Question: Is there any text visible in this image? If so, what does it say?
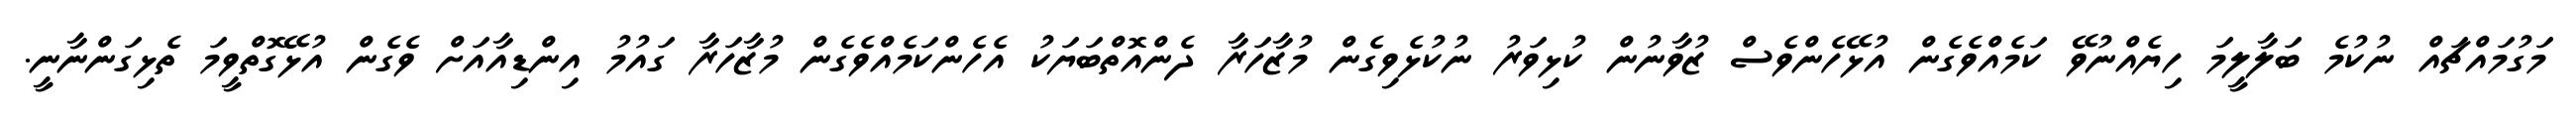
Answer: މަގުމައްޗައް ނުކުމެ ބަލާލީމަ ހިޔެއްނުވޭ ކަމެއްވެގެން އުޅޭހެންވެސް ޒުވާނުން ކުޅިވަރު ނުކުޅެވިގެން މުޒާހަރާ ދެންއޮތްބަޔަކު އެހެންކަމެއްވެގެން މުޒާހަރާ ގައުމު އިންޑިއާއަށް ވެގެން އުޅޭގޮތްވީމަ ތެޅިގަންނާނީ.